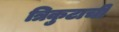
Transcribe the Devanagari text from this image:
त्रिकुटाची